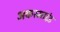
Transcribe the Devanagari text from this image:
अकस्माद्दंड